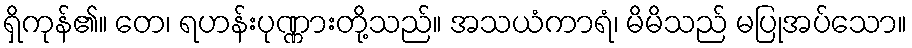
ရှိကုန်၏။ တေ၊ ရဟန်းပုဏ္ဏားတို့သည်။ အသယံကာရံ၊ မိမိသည် မပြုအပ်သော။